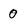
Character: 0